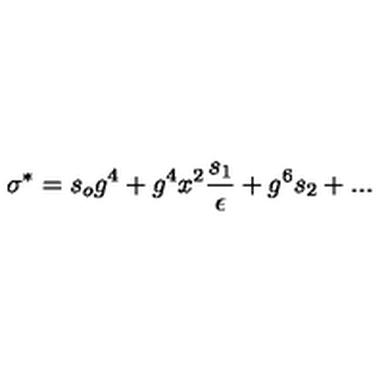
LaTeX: \sigma ^ { * } = s _ { o } g ^ { 4 } + g ^ { 4 } x ^ { 2 } { \frac { s _ { 1 } } { \epsilon } } + g ^ { 6 } s _ { 2 } + . . .